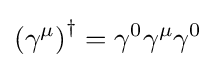
\left(\gamma ^{\mu }\right)^{\dagger }=\gamma ^{0}\gamma ^{\mu }\gamma ^{0}